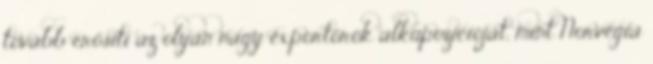
tovább erősíti az olyan nagy exportőrök alkupozícióját, mint Norvégia